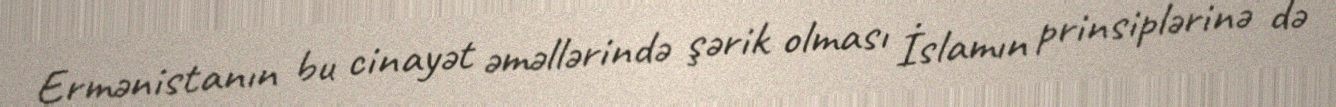
Ermənistanın bu cinayət əməllərində şərik olması İslamın prinsiplərinə də